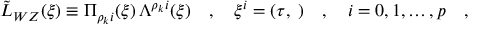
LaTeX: \tilde { \cal L } _ { W Z } ( \xi ) \equiv \Pi _ { \rho _ { k } i } ( \xi ) \, \Lambda ^ { \rho _ { k } i } ( \xi ) \quad , \quad \xi ^ { i } = ( \tau , { \bf \sigma } ) \quad , \quad i = 0 , 1 , \dots , p \quad , \quad